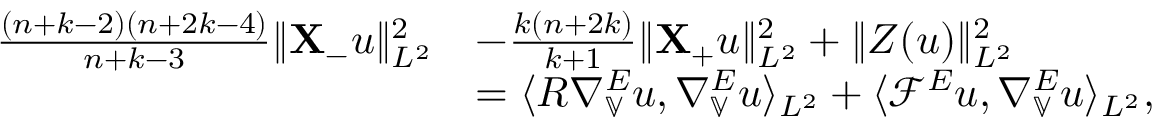
\begin{array} { r l } { \frac { ( n + k - 2 ) ( n + 2 k - 4 ) } { n + k - 3 } \| \mathbf { X } _ { - } u \| _ { L ^ { 2 } } ^ { 2 } } & { - \frac { k ( n + 2 k ) } { k + 1 } \| \mathbf { X } _ { + } u \| _ { L ^ { 2 } } ^ { 2 } + \| Z ( u ) \| _ { L ^ { 2 } } ^ { 2 } } \\ & { = \langle R \nabla _ { \mathbb { V } } ^ { E } u , \nabla _ { \mathbb { V } } ^ { E } u \rangle _ { L ^ { 2 } } + \langle \mathcal { F } ^ { E } u , \nabla _ { \mathbb { V } } ^ { E } u \rangle _ { L ^ { 2 } } , } \end{array}